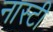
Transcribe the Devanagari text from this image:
नास्टी